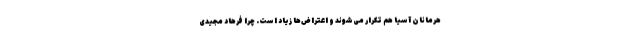
هرمانان آسیا هم تکرار می‌شوند و اعتراض‌ها زیاد است. چرا فرهاد مجیدی